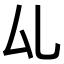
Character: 𠫖